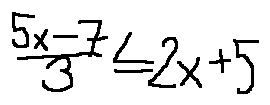
\frac { 5 x - 7 } { 3 } \leq 2 x + 5